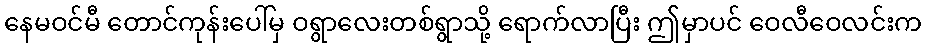
နေမဝင်မီ တောင်ကုန်းပေါ်မှ ဝရွာလေးတစ်ရွာသို့ ရောက်လာပြီး ဤမှာပင် ဝေလီဝေလင်းက